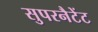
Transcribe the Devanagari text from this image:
सुपरनैटेंट